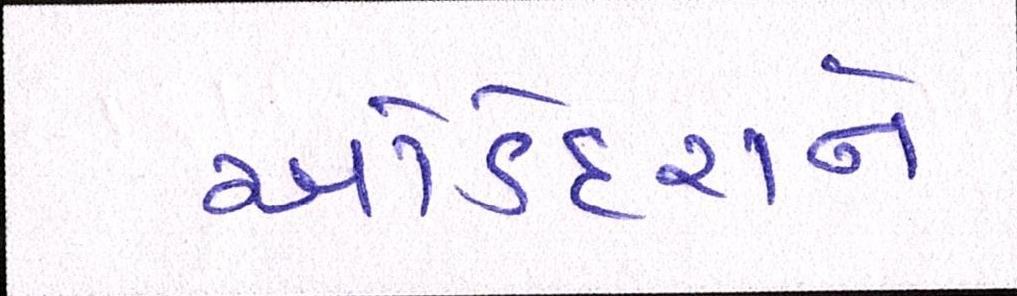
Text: ઓડેદરાને